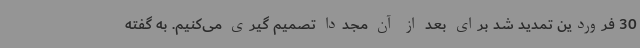
30 فروردین تمدید شد برای بعد از آن مجددا تصمیم گیری می‌کنیم. به گفته